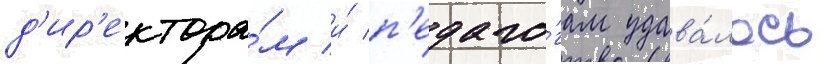
д'ир'ектора́м и́ п'едаго́гам удава́лось